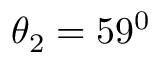
\theta _ { 2 } = 5 9 ^ { 0 }